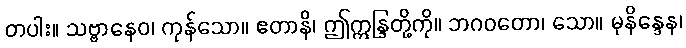
တပါး။ သဗ္ဗာနေဝ၊ ကုန်သော။ ဧတာနိ၊ ဤဣန္ဒြတို့ကို။ ဘဂဝတော၊ သော။ မုနိန္ဒေန၊